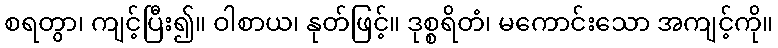
စရတွာ၊ ကျင့်ပြီး၍။ ဝါစာယ၊ နုတ်ဖြင့်။ ဒုစ္စရိတံ၊ မကောင်းသော အကျင့်ကို။